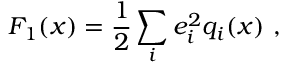
F _ { 1 } ( x ) = { \frac { 1 } { 2 } } \sum _ { i } e _ { i } ^ { 2 } q _ { i } ( x ) \ ,